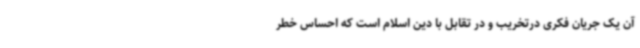
آن یک جریان فکری درتخریب و در تقابل با دین اسلام است که احساس خطر